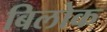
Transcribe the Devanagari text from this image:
बिलोक